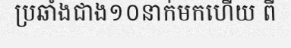
ប្រឆាំងជាង១០នាក់មកហើយ ពី